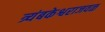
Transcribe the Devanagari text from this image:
त्र्यंबकेश्वराजवळ